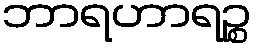
ဘာရဟာရဉ္စ